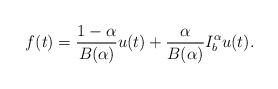
LaTeX: \begin{align*} f(t)=\frac{1-\alpha}{B(\alpha)}u(t)+ \frac{\alpha}{B(\alpha)} I_b^\alpha u(t).\end{align*}